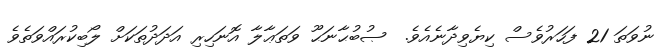
ނުވަތަ 21 ފަހަރުވެސް ކިޔެވިދާނެއެވެ.  ޞުބުޙާނަޙޫ ވަތަޢާލާ އޮނަހިރި އަދަދުތަކަށް ލޯބިކުރައްވަތެވެ